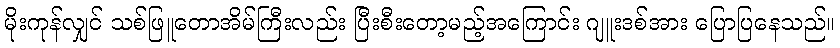
မိုးကုန်လျှင် သစ်ဖြူတောအိမ်ကြီးလည်း ပြီးစီးတော့မည့်အကြောင်း ဂျူးဒစ်အား ပြောပြနေသည်။